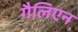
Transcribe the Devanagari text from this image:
गैलिएन